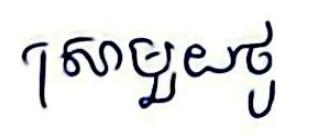
ស្រាមួយថូ